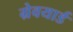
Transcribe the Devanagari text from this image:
ग्रेवयार्ड